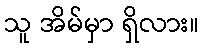
သူ အိမ်မှာ ရှိလား။